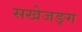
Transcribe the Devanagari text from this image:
सखेजङ्ग